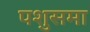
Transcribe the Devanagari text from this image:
पशुसमा